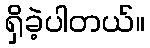
ရှိခဲ့ပါတယ်။